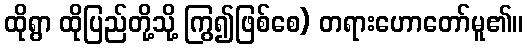
ထိုရွာ ထိုပြည်တို့သို့ ကြွ၍ဖြစ်စေ) တရားဟောတော်မူ၏။